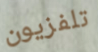
تلفزيون